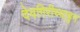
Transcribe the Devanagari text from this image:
देवगिरीच्याहुन